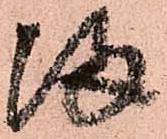
帰